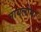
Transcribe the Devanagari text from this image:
मायलोमा